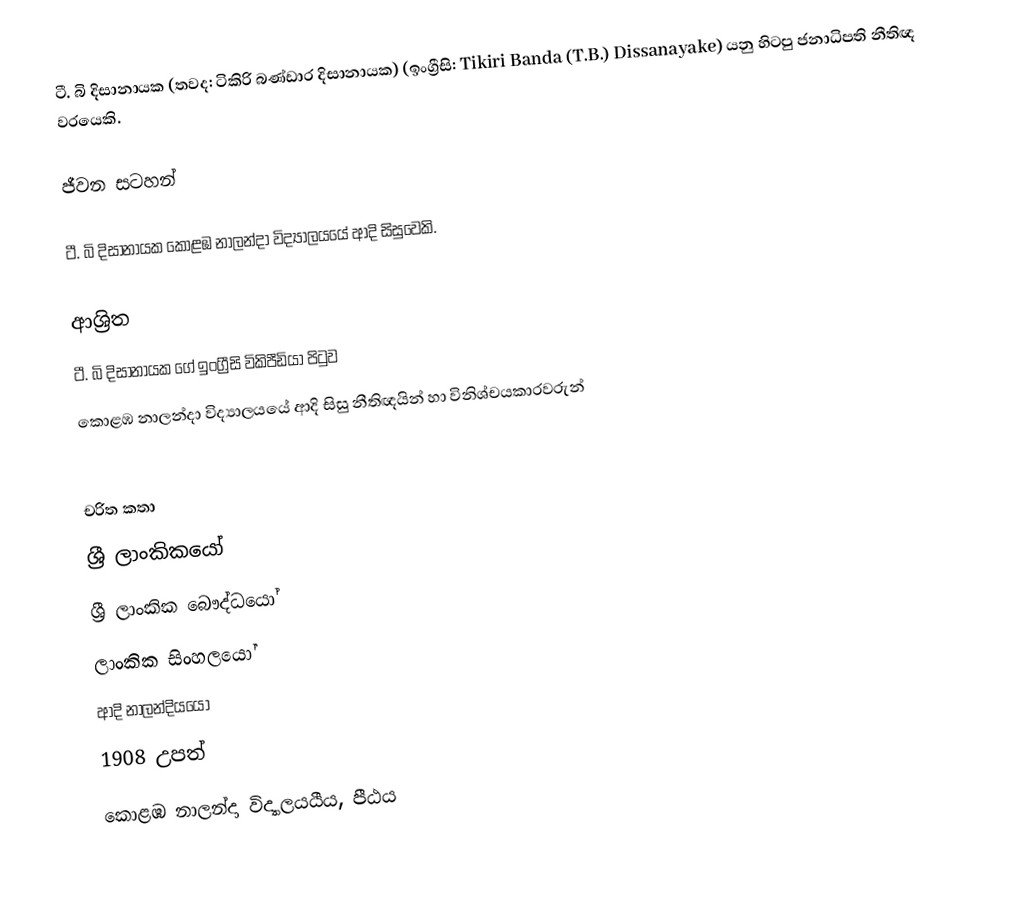
ටී. බි දිසානායක (තවද: ටිකිරි බණ්ඩාර දිසානායක) (ඉංග්‍රීසි: Tikiri Banda (T.B.) Dissanayake) යනු  හිටපු ජනාධිපති නීතිඥ වරයෙකි.

ජීවන සටහන්

ටී. බි දිසානායක  කොළඹ නාලන්දා විද්‍යාලයයේ ආදි සිසුවෙකි.

ආශ්‍රිත
 ටී. බි දිසානායක ගේ ඉංග්‍රීසි විකිපීඩියා පිටුව
 කොළඹ නාලන්දා විද්‍යාලයයේ ආදි සිසු නීතිඥයින් හා විනිශ්චයකාරවරුන්

චරිත කතා
ශ්‍රී ලාංකිකයෝ
ශ්‍රී ලාංකික බෞද්ධයෝ
ලාංකික සිංහලයෝ
ආදි නාලන්දියයෝ
1908 උපත්
කොළඹ නාලන්දා විද්‍යාලයයීය, පීඨය